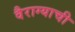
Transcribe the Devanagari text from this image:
वैराग्‍याची